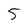
Character: 5